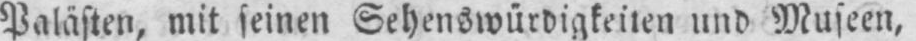
Palästen, mit seinen Sehenswürdigkeiten und Museen,